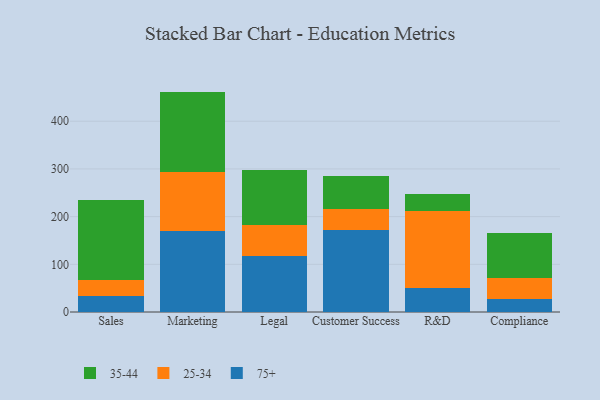
{"axis": {"x": "Department", "y": "Headcount"}, "legend": ["25-34", "35-44", "75+"], "data": [{"x": "Sales", "y": 33.4, "type": "75+"}, {"x": "Sales", "y": 33.9, "type": "25-34"}, {"x": "Sales", "y": 168.4, "type": "35-44"}, {"x": "Marketing", "y": 168.8, "type": "75+"}, {"x": "Marketing", "y": 125.4, "type": "25-34"}, {"x": "Marketing", "y": 167.9, "type": "35-44"}, {"x": "Legal", "y": 117.2, "type": "75+"}, {"x": "Legal", "y": 64.5, "type": "25-34"}, {"x": "Legal", "y": 115.4, "type": "35-44"}, {"x": "Customer Success", "y": 172.2, "type": "75+"}, {"x": "Customer Success", "y": 42.9, "type": "25-34"}, {"x": "Customer Success", "y": 69.6, "type": "35-44"}, {"x": "R&D", "y": 49.3, "type": "75+"}, {"x": "R&D", "y": 161.7, "type": "25-34"}, {"x": "R&D", "y": 37.1, "type": "35-44"}, {"x": "Compliance", "y": 26.9, "type": "75+"}, {"x": "Compliance", "y": 44.3, "type": "25-34"}, {"x": "Compliance", "y": 93.5, "type": "35-44"}]}